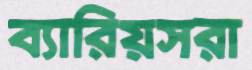
ব্যারিয়সরা